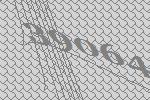
39064